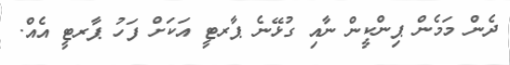
ދެން މަމެން ޕިންކީން ނާއި ގުޅޭނެ ޕާރޓީ އަކަށް ފަހު ޕާރޓީ އެއް.